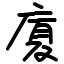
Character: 廈